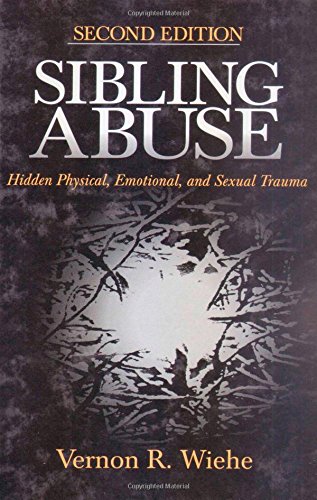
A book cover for Sibling Abuse: Hidden Physical, Emotional, and Sexual Trauma; Vernon R. Wiehe; Self-Help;